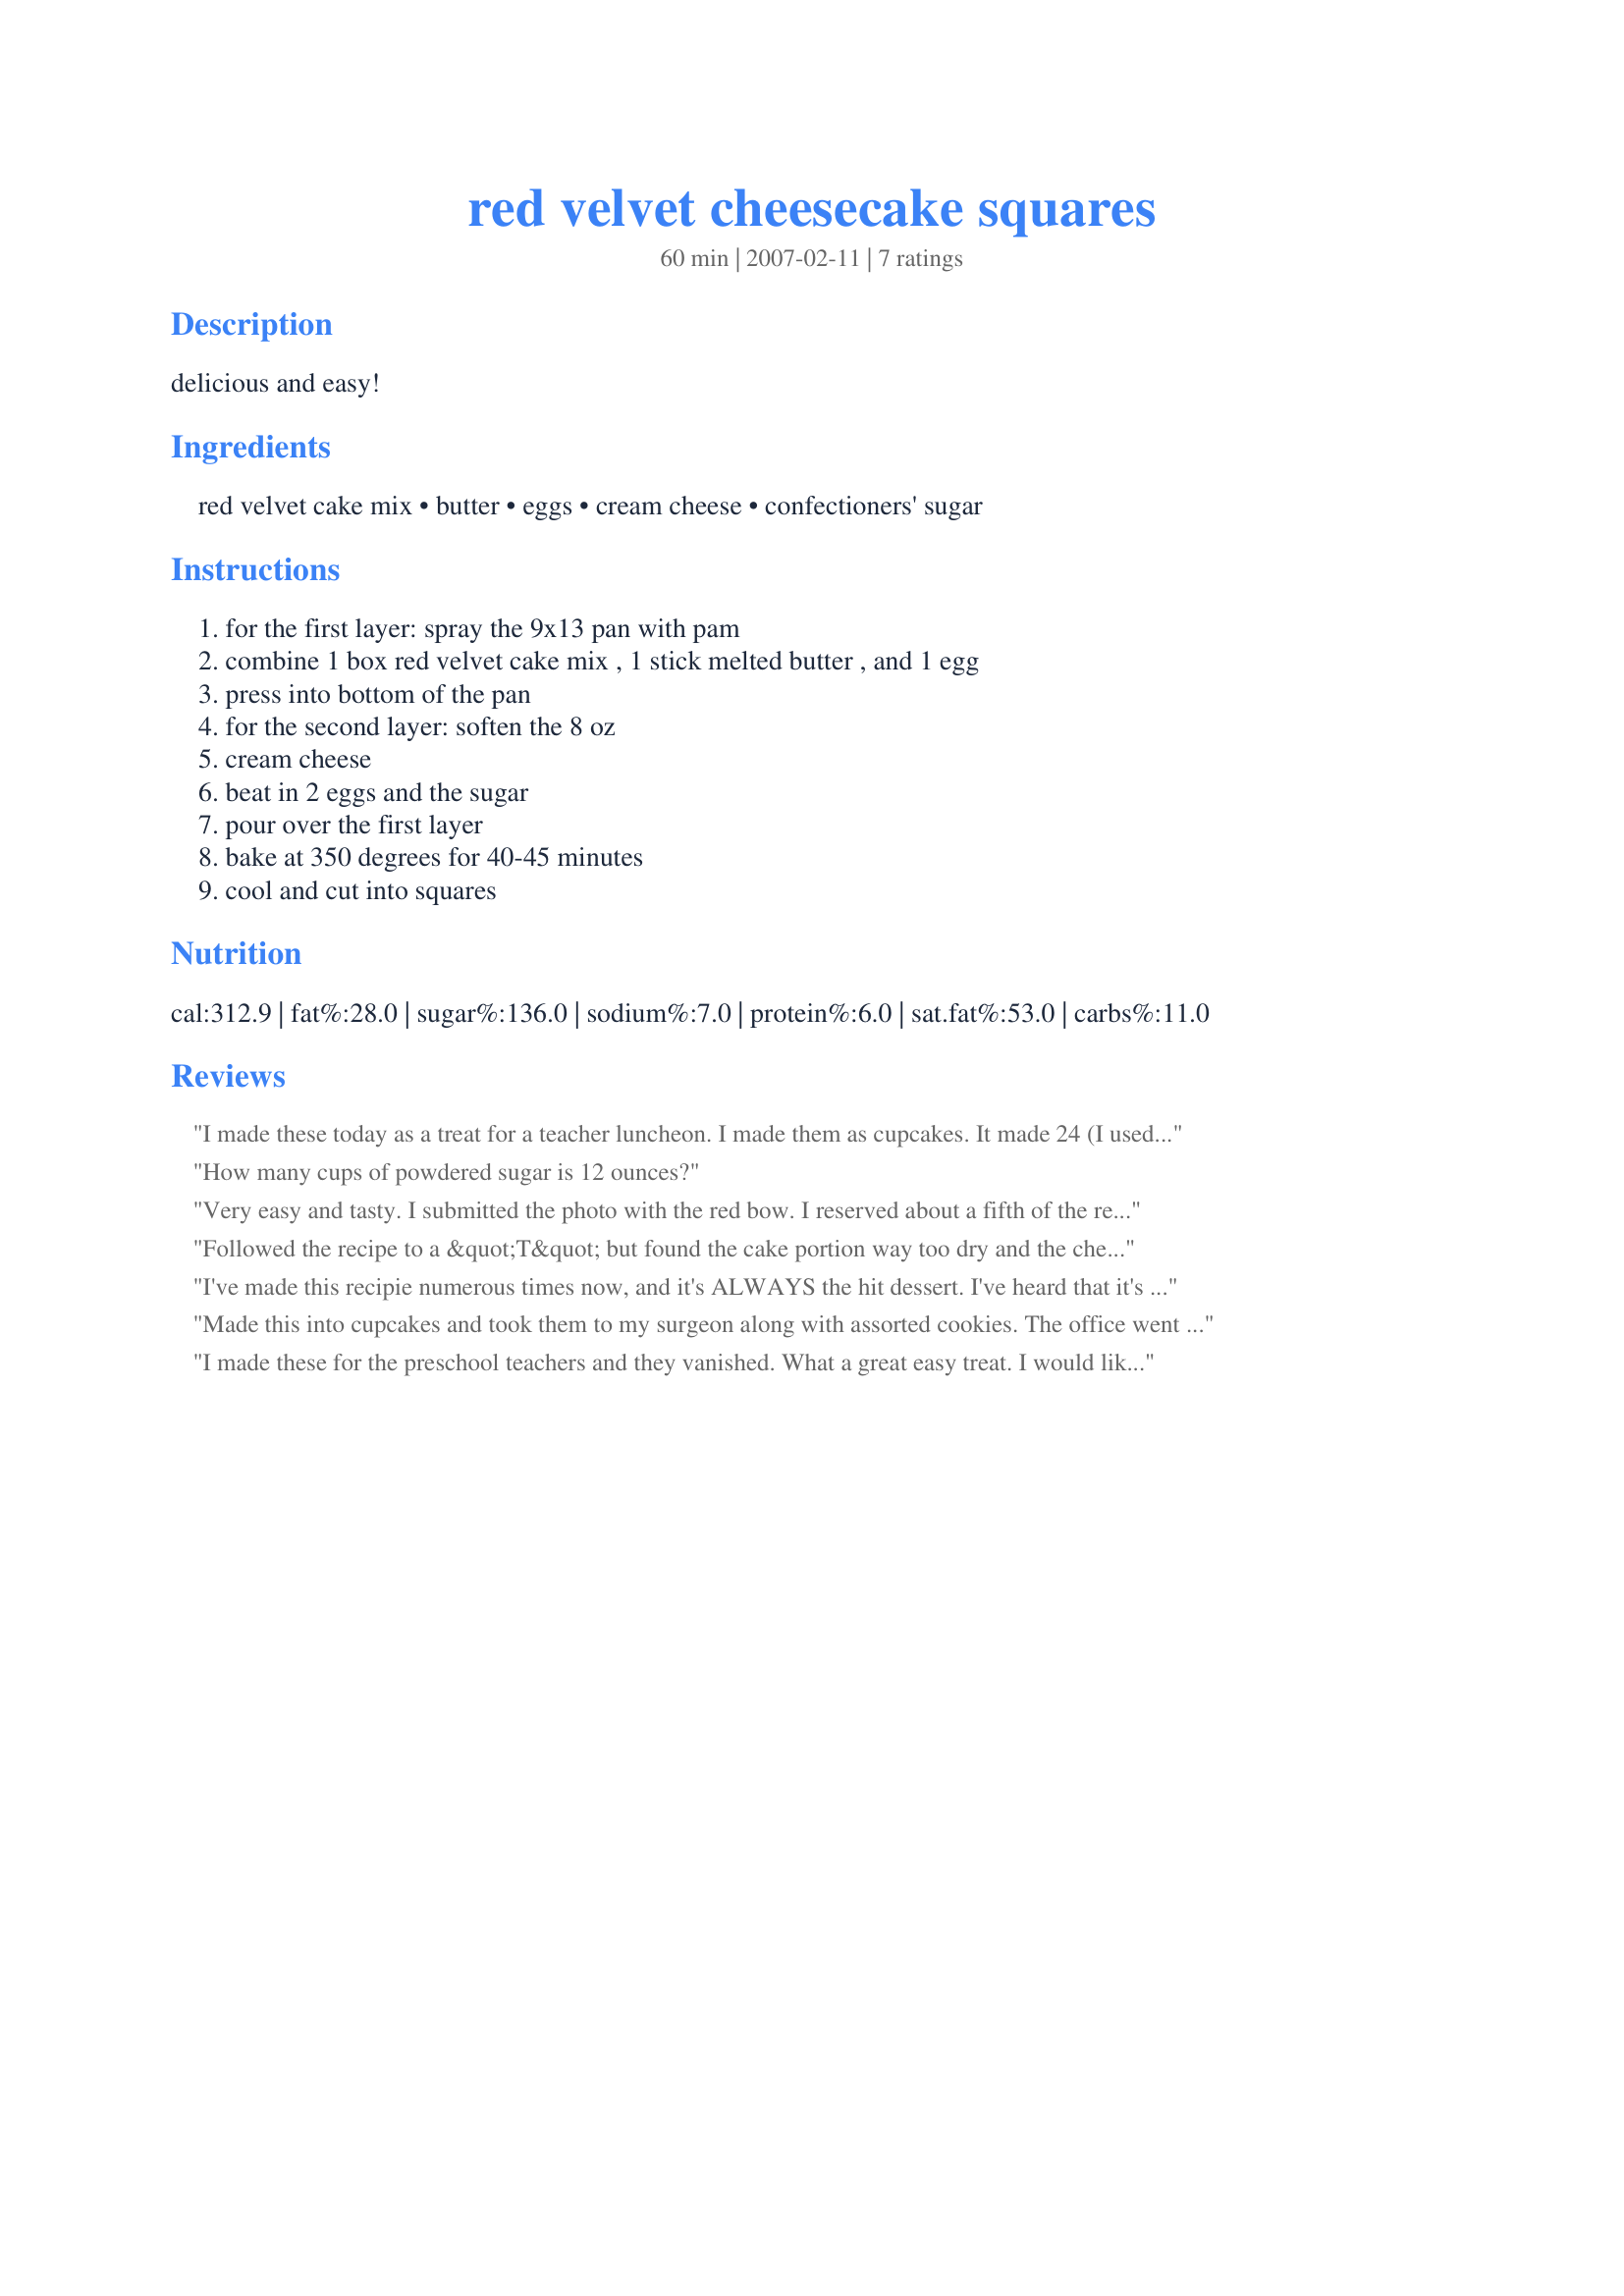
red velvet cheesecake squares
Preparation time: 60 minutes

delicious and easy!

Ingredients:
red velvet cake mix, butter, eggs, cream cheese, confectioners' sugar

Steps:
for the first layer: spray the 9x13 pan with pam, combine 1 box red velvet cake mix , 1 stick melted butter , and 1 egg, press into bottom of the pan, for the second layer: soften the 8 oz, cream cheese, beat in 2 eggs and the sugar, pour over the first layer, bake at 350 degrees for 40-45 minutes, cool and cut into squares

Reviews:
I made these today as a treat for a teacher luncheon. I made them as cupcakes. It made 24 (I used a cookie scoop for the bottom and 1tbls and 2tsp for the cream cheese mixture) Baked for 20-24 minutes. Sprinkled with red sugar before baking. Oh how yummy!!! The kids have requested these for their class parties (oh the contraband home-made items!) How delish!
I did add a tsp of vanilla to the cream cheese. When making, the raw cream cheese mixture was gritty-- but the end, baked result was wonderful!
How many cups of powdered sugar is 12 ounces?
Very easy and tasty. I submitted the photo with the red bow. I reserved about a fifth of the red velvet batter and added some water to it to drizzle on the cheesecake layer than ran a knife through it to create a swirl. I also added vanilla extract to the cheesecake. I recommend taking them out of the oven before the cheesecake gets to browning as by that time the red velvet will have burned a little.
Followed the recipe to a &quot;T&quot; but found the cake portion way too dry and the cheesecake portion very thin. Wasted good ingredients on this recipe - definitely not a keeper.
I've made this recipie numerous times now, and it's ALWAYS the hit dessert. I've heard that it's the best red velvet anything anyone has had before, and I am constantly begged for the recipie.<br/><br/>I adjust the recipie, making the squares into mini cupcakes and topping them with cool whip. I've found this gives the best ratio of red velvet to cheesecake to cool whip. I always bake the dough until it's almost done, then add the cream cheese mixture towards the end so it doesn't burn in the oven.<br/><br/>Really, you can't go wrong with this recipie.
Made this into cupcakes and took them to my surgeon along with assorted cookies. The office went wild over them and have already received a phone call asking for the recipe. Hubby is wanting to know when I am going to bake more so he will have more than just one to taste.
Thanks for sharing this recipe!!
I made these for the preschool teachers and they vanished. What a great easy treat. I would like to make again for Valentine's Day. Lisa
